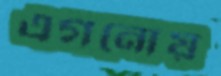
এগনোয়